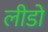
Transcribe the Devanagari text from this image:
लीडो